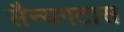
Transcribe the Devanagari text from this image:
सैन्यगटास